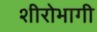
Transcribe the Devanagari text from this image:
शीरोभागी